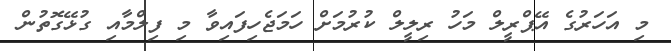
މި އަހަރުގެ އޭޕްރީލް މަހު ރިލީލް ކުރުމަށް ހަމަޖެހިފައިވާ މި ފިލްމާއި ގުޅޭގޮތުން